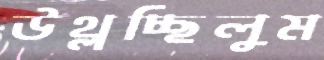
উথ্‌লচ্ছিলুম